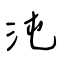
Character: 沌